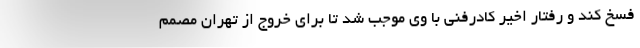
فسخ کند و رفتار اخیر کادرفنی با وی موجب شد تا برای خروج از تهران مصمم